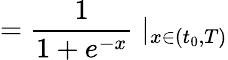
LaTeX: =\frac{1}{1+e^{-x}}\mid_{x\in(t_{0},T)}